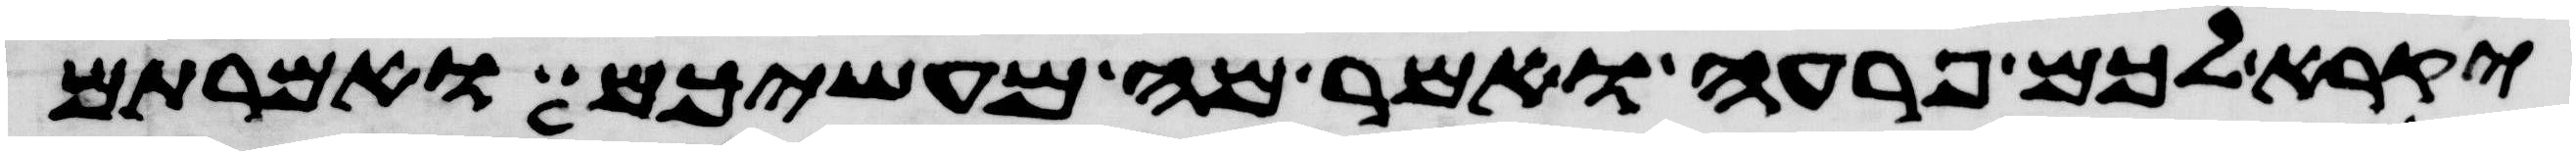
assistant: יקרא לכם פרעה ואמר מה מעשיכם ואמרתם